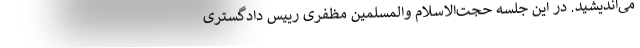
می‌اندیشید. در این جلسه حجت‌الاسلام والمسلمین مظفری رییس دادگستری